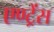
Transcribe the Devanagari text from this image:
एण्ट्रेंस